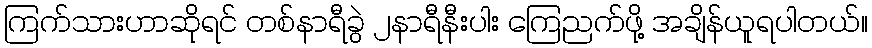
ကြက်သားဟာဆိုရင် တစ်နာရီခွဲ ၂နာရီနီးပါး ကြေညက်ဖို့ အချိန်ယူရပါတယ်။